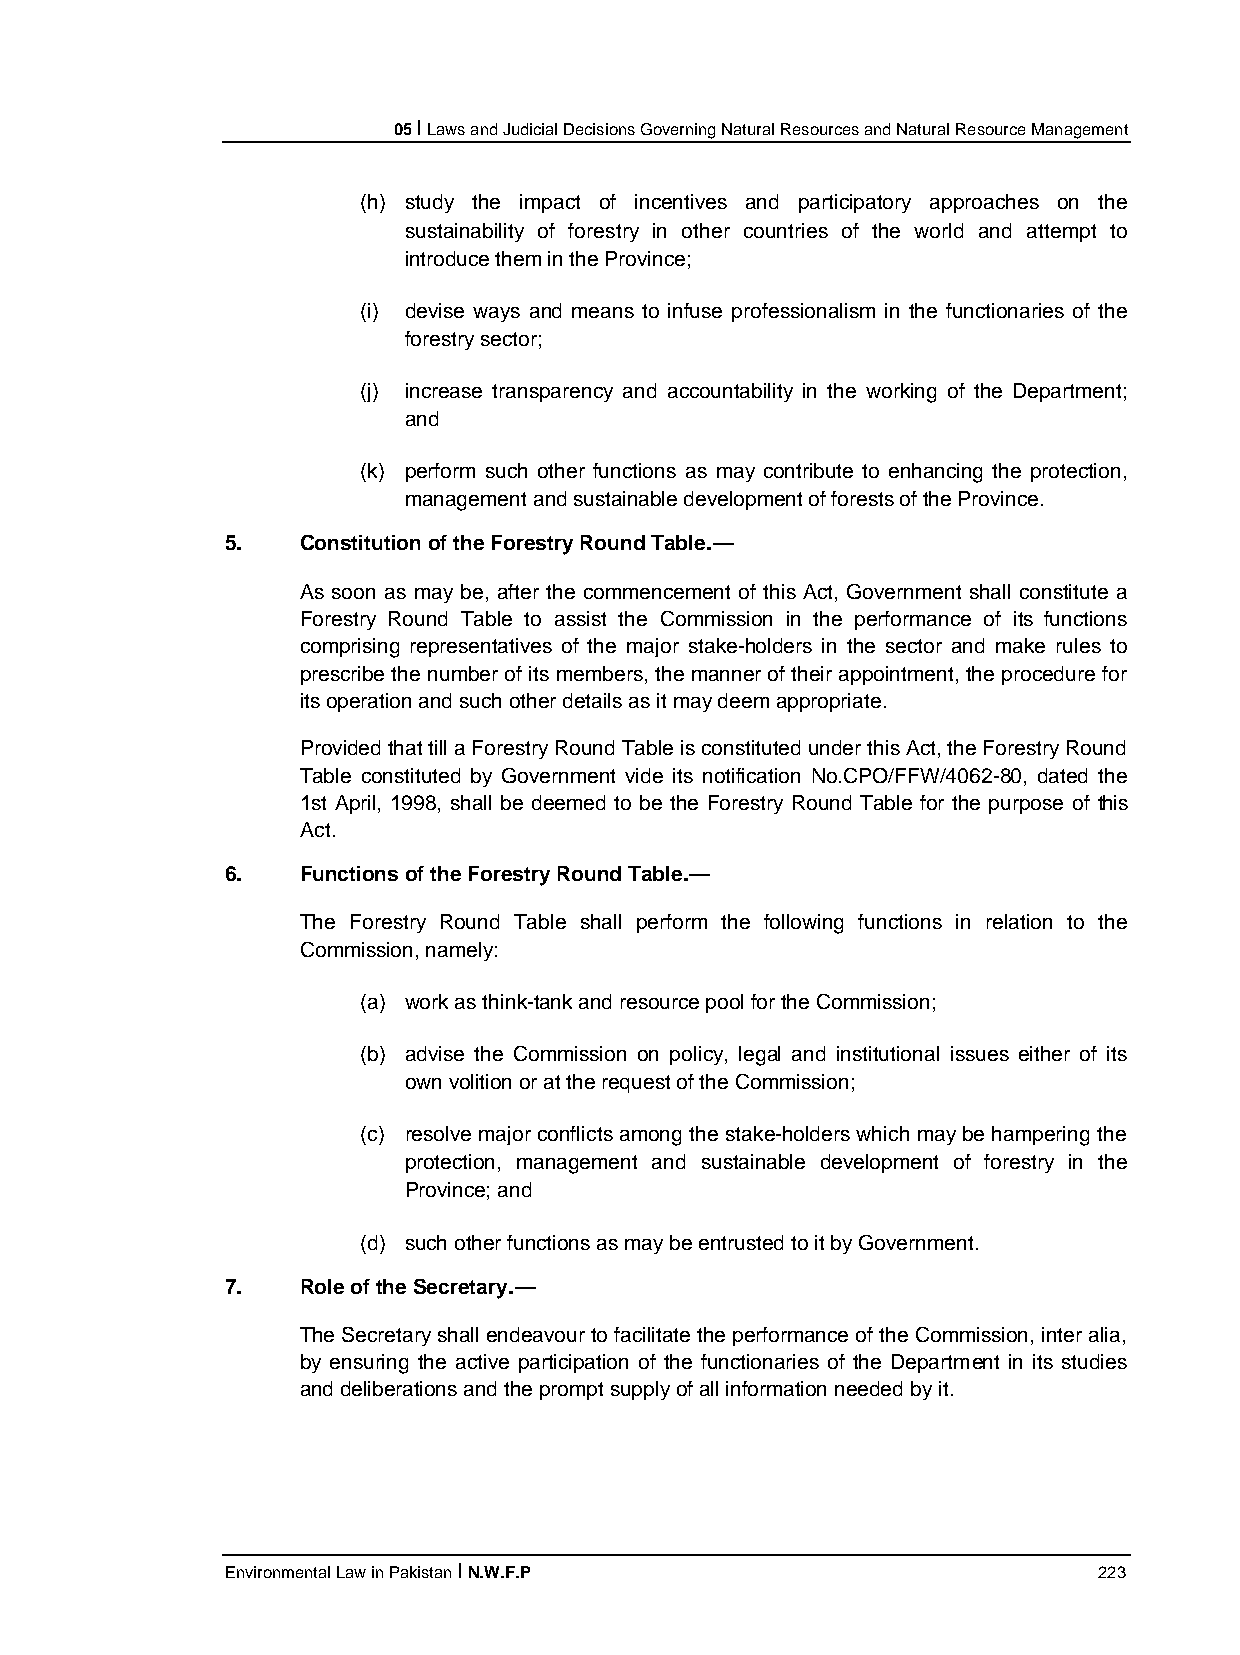
05 I Laws and Judicial Decisions Governing Natural Resources and Natural Resource Management
 (h) study the impact of incentives and participatory approaches on the
 sustainability of forestry in other countries of the world and attempt to
 introduce them in the Province;
 (i) devise ways and means to infuse professionalism in the functionaries of the
 forestry sector;
 (j) increase transparency and accountability in the working of the Department;
 and
 (k) perform such other functions as may contribute to enhancing the protection,
 management and sustainable development of forests of the Province.
 5.   Constitution of the Forestry Round Table.—
 As soon as may be, after the commencement of this Act, Government shall constitute a
 Forestry Round Table to assist the Commission in the performance of its functions
 comprising representatives of the major stake-holders in the sector and make rules to
 prescribe the number of its members, the manner of their appointment, the procedure for
 its operation and such other details as it may deem appropriate.
 Provided that till a Forestry Round Table is constituted under this Act, the Forestry Round
 Table constituted by Government vide its notification No.CPO/FFW/4062-80, dated the
 1st April, 1998, shall be deemed to be the Forestry Round Table for the purpose of this
 Act.
 6.   Functions of the Forestry Round Table.—
 The Forestry Round Table shall perform the following functions in relation to the
 Commission, namely:
 (a) work as think-tank and resource pool for the Commission;
 (b) advise the Commission on policy, legal and institutional issues either of its
 own volition or at the request of the Commission;
 (c) resolve major conflicts among the stake-holders which may be hampering the
 protection, management and sustainable development of forestry in the
 Province; and
 (d) such other functions as may be entrusted to it by Government.
 7.   Role of the Secretary.—
 The Secretary shall endeavour to facilitate the performance of the Commission, inter alia,
 by ensuring the active participation of the functionaries of the Department in its studies
 and deliberations and the prompt supply of all information needed by it.
 Environmental Law in Pakistan I N.W.F.P                   223